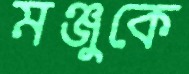
মঞ্জুকে